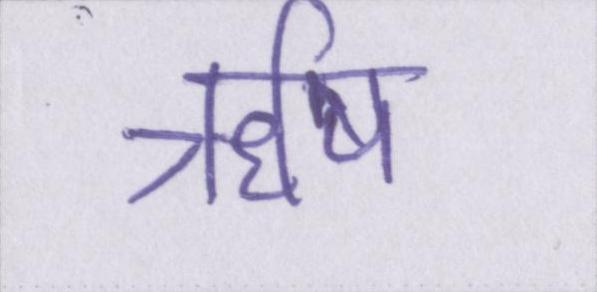
ॠषि